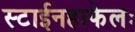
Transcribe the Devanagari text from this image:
स्टाईनहाफेलः